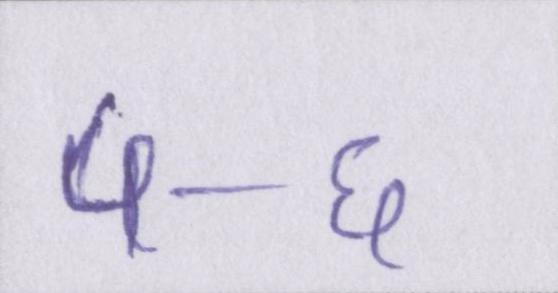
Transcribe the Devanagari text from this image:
५-६